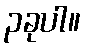
၃ခုပါ။